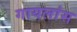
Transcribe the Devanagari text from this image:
गायलांस